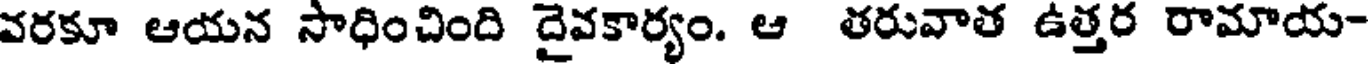
వరకూ ఆయన సాధించింది దైవకార్యం. ఆ తరువాత ఉత్తర రామాయ-